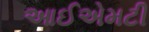
આઈએમટી